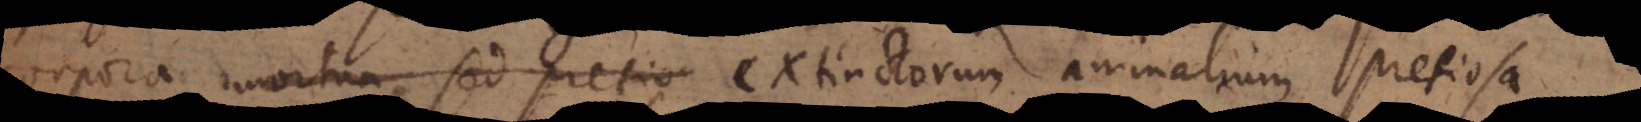
corpora mortua, sed pretio extinctorum animalium pretiosa